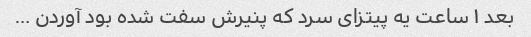
بعد ١ ساعت یه پیتزای سرد که پنیرش سفت شده بود آوردن …